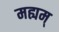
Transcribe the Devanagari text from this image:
मह्यम्